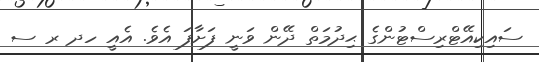
ސައިކިއޭޓްރިސްޓުންގެ ޙިދުމަތް ދޭން ވަނީ ފަށާފަ އެވެ. އެއީ ހދ ރ ސ